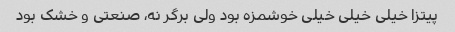
پیتزا خیلی خیلی خیلی خوشمزه بود ولی برگر نه، صنعتی و خشک بود